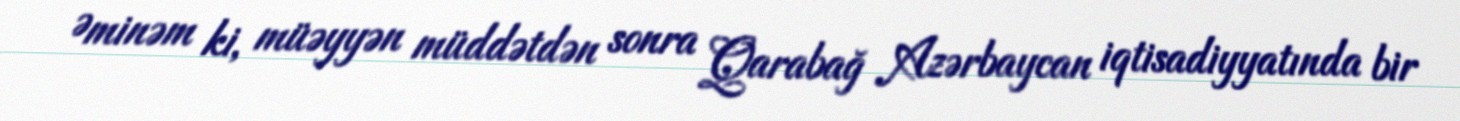
Əminəm ki, müəyyən müddətdən sonra Qarabağ Azərbaycan iqtisadiyyatında bir